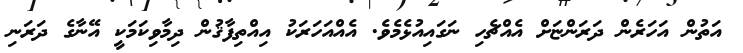
އަތުން އަހަރެން ދަރަންޏަށް އެއްޗެހި ނަގައިއުޅެމެވެ. އެއްއަހަރަކު އިއްތިފާޤުން ދިމާވިކަމަކީ އޭނާގެ ދަރަނި